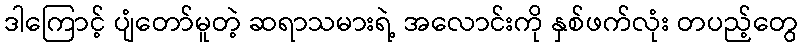
ဒါကြောင့် ပျံတော်မူတဲ့ ဆရာသမားရဲ့ အလောင်းကို နှစ်ဖက်လုံး တပည့်တွေ